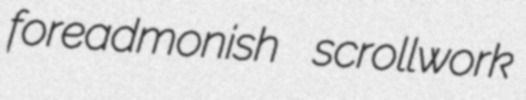
foreadmonish scrollwork